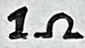
Text: 1Ω